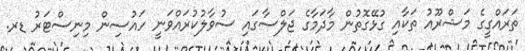
ތަރައްގީގެ މަޝްރޫއު ތަކާއި ގުޅޭގޮތުން މާދަމާގެ ޖަލްސާގައި ސުވާލުކުރައްވަނީ ހައުސިން މިނިސްޓަރު ޑރ.